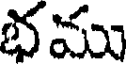
భము